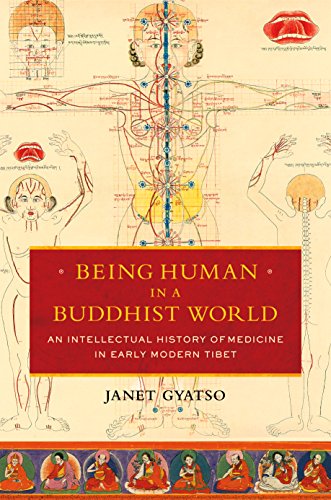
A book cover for Being Human in a Buddhist World: An Intellectual History of Medicine in Early Modern Tibet; Janet Gyatso; Medical Books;